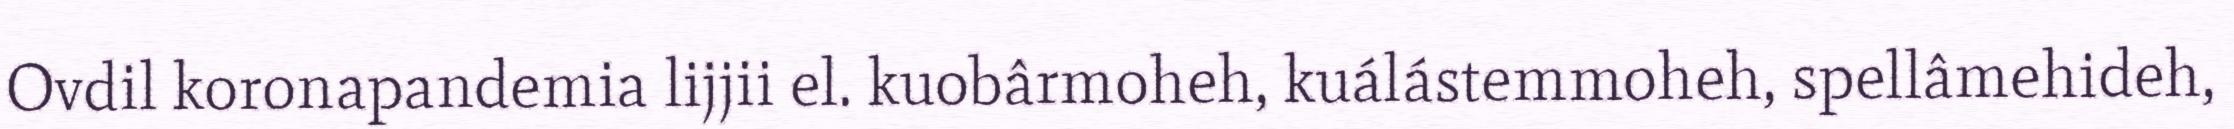
Ovdil koronapandemia lijjii el. kuobârmoheh, kuálástemmoheh, spellâmehideh,